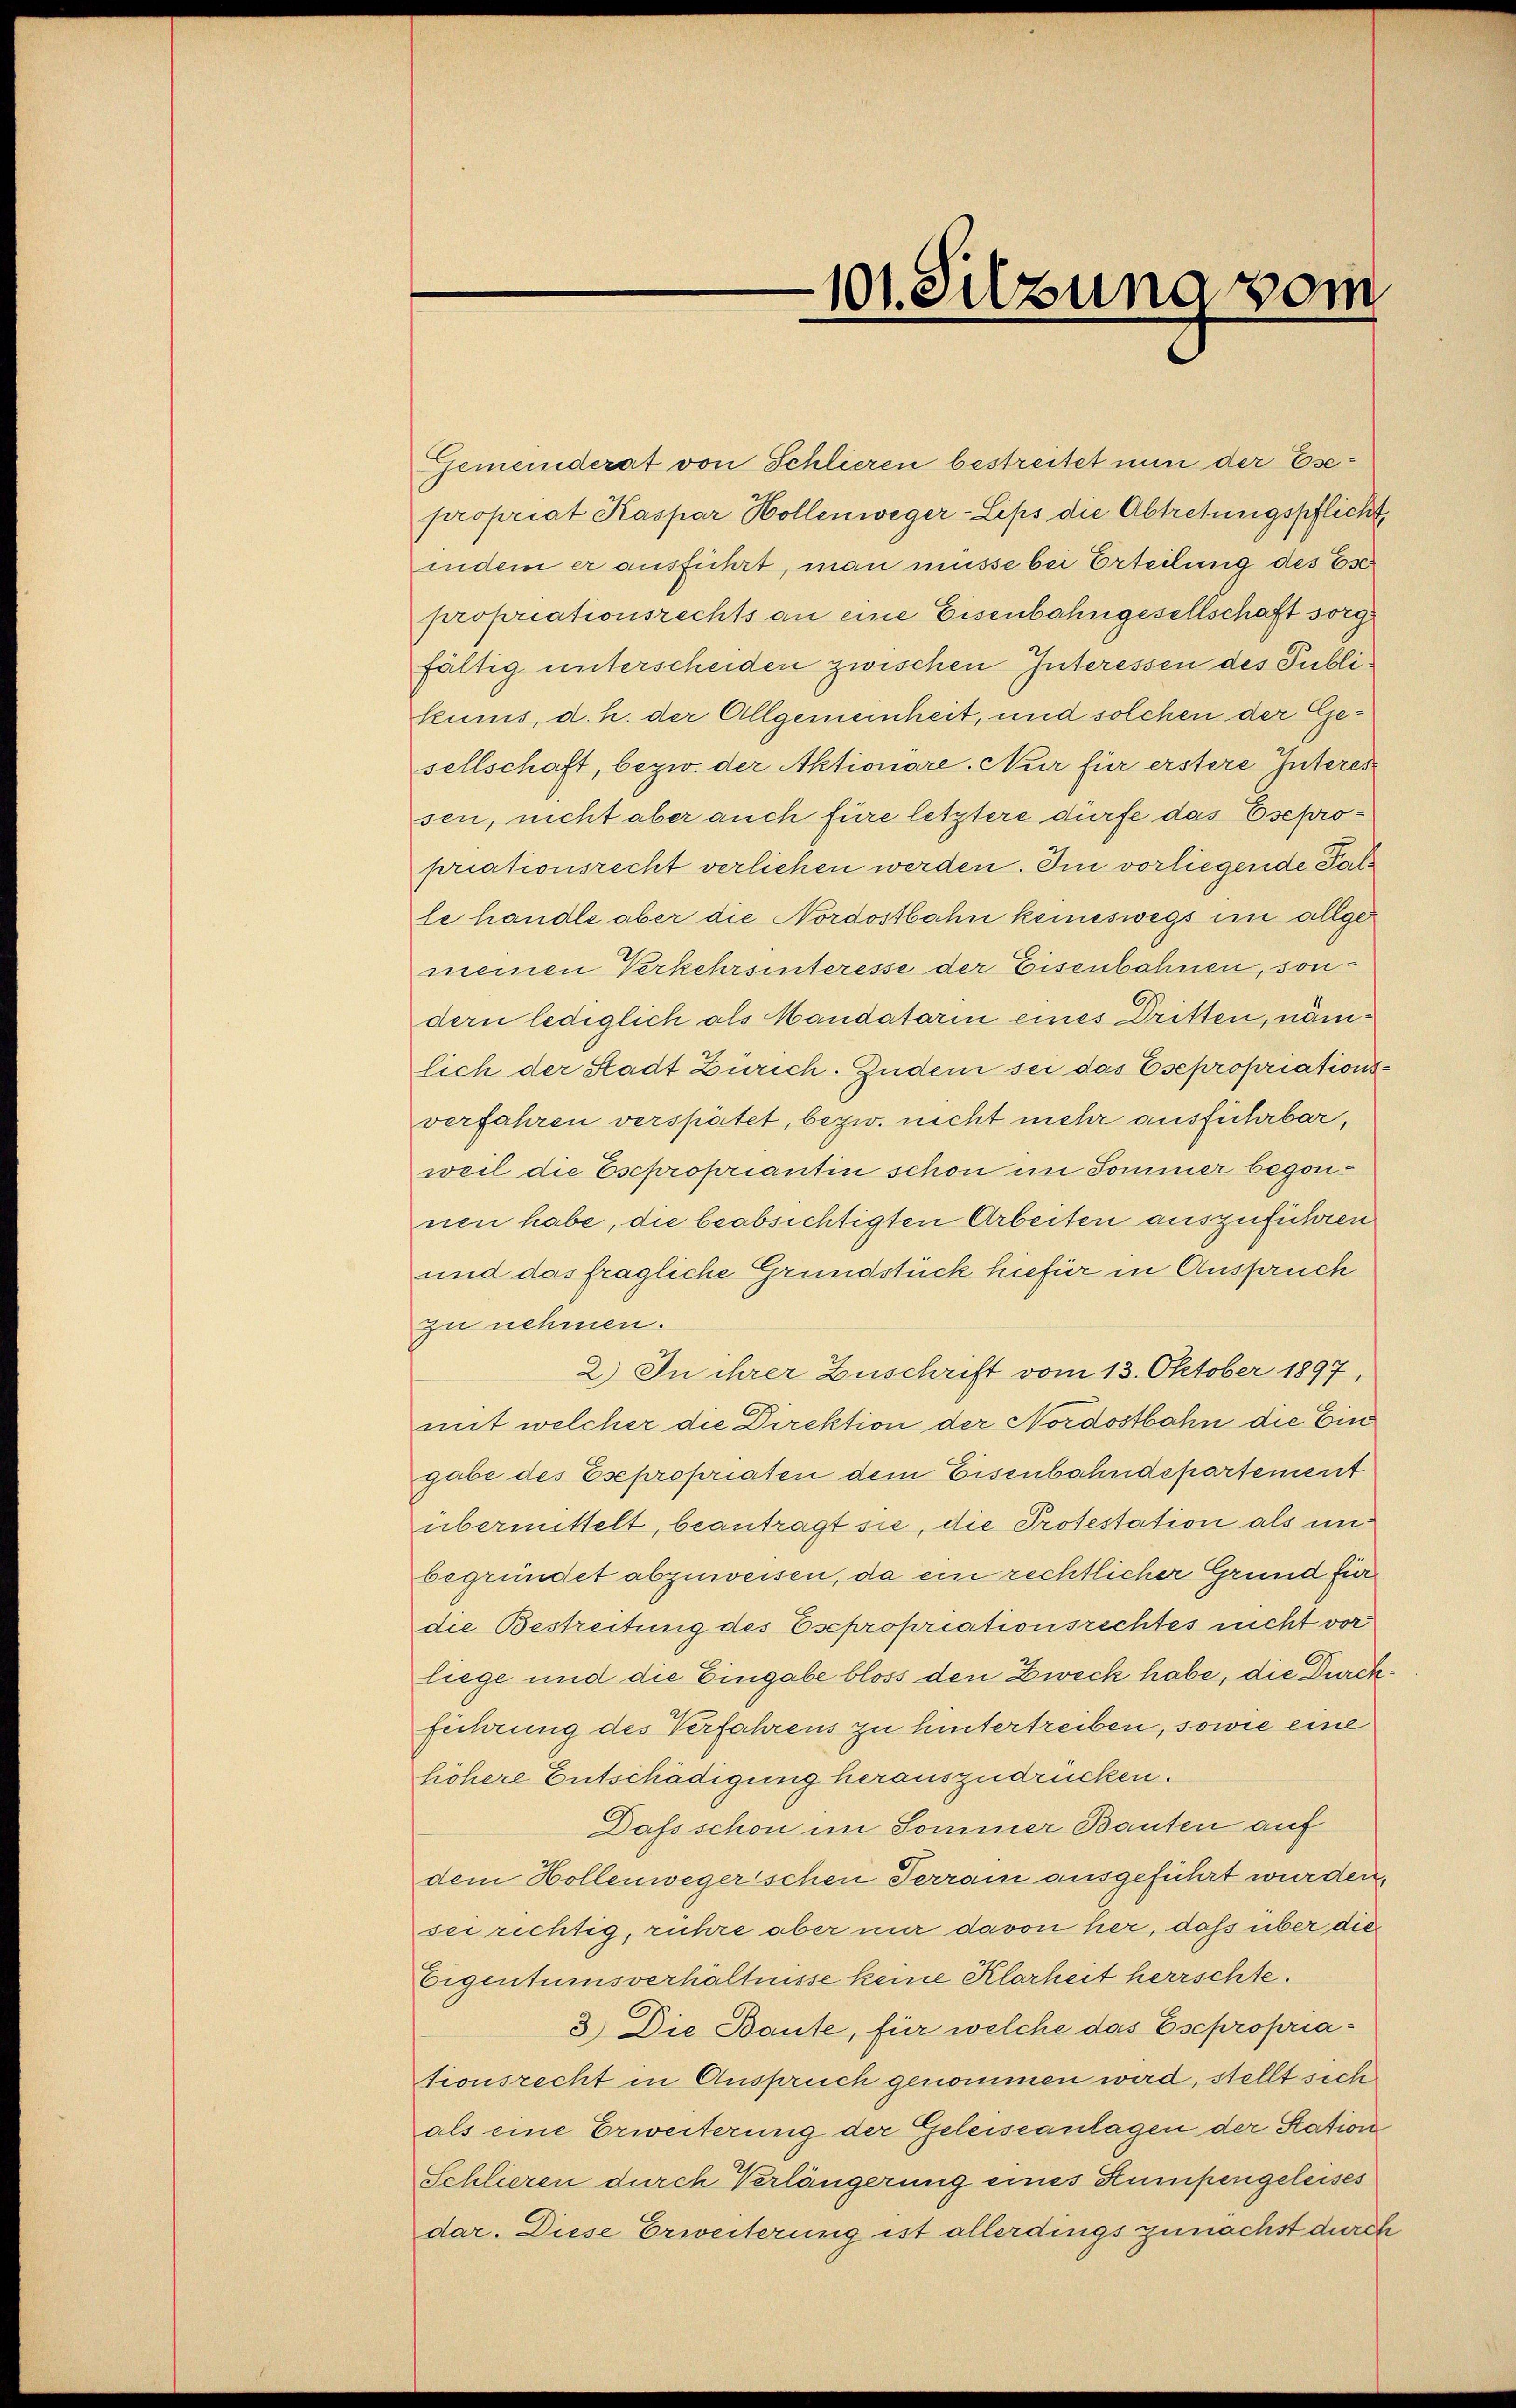
Gemeinderat von Schlieren bestreitet nun der Esepropriat Kaspar Hollenweger-Lips die Abtretungspflicht,
indem er ausführt, man müsse bei Erteilung des Ese
propriationsrechts an eine Eisenbahngesellschaft sorg
fältig unterscheiden zwischen Interessen des Publikunis, d. h. der Allgemeinheit, und solchen der Gesellschaft, bezw. der Aktionäre. Nur für erstere Interes
sen, nicht aber auch füre letztere dürfe das Esepropriationsrecht verliehen werden. Im vorliegende Palle handle aber die Nordostbahn keineswegs im allgemeinen Verkehrsinteresse der Eisenbahnen, son
dern lediglich als Mandatarin eines Dritten, nämlich der Stadt Zürich. Zudem sei das Esepropriationsverfahren verspätet, bezw. nicht mehr ausführbar,
weil die Escpropriantin schon im Sommer begonnen habe, die beabsichtigten Arbeiten auszuführen
und das fragliche Grundstück hiefür in Anspruch
zu nehmen.
2.) In ihrer Zuschrift vom 13. Oktober 1897,
mit welcher die Direktion der Nordostbahn die Ein
gabe des Esepropriaten dem Eisenbahndepartement
übermittelt, beantragt sie, die Protestation als unbegründet abzuweisen, da ein rechtlicher Grund für
die Bestreitung des Esepropriationsrechtes nicht vor
liege und die Eingabe bloss den Zweck habe, die Durchführung des Verfahrens zu hintertreiben, sowie eine
höhere Entschädigung herauszudrücken.
Dafs schon im Sommer Bauten auf
dem Hollenwegerschen Terrain ausgeführt wurden,
sei richtig, rühre aber nur davon her, dass über die
Eigentumsverhältnisse keine Klarheit herrschte.
3.) Die Baute, für welche das Escpropriationsrecht in Anspruch genommen wird, stellt sich
als eine Erweiterung der Geleiseanlagen der Station
Schlieren durch Verlängerung eines Kumpengeleises
dar. Diese Erweiterung ist allerdings zunächst durch

101. Sitzung vom